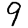
Digit: 9